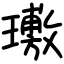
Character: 璷